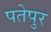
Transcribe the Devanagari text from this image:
पतेपुर